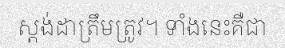
ស្តង់ដាត្រឹមត្រូវ។ ទាំងនេះគឺជា